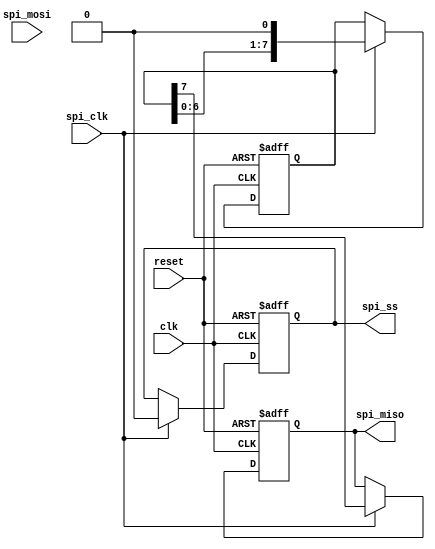
module SPI_Controller (
    input wire clk,
    input wire reset,
    input wire spi_clk,
    input wire spi_mosi,
    output reg spi_miso,
    output reg spi_ss
);

reg [7:0] data_out;
reg [7:0] data_in;
reg clock;

always @ (posedge clk or posedge reset) begin
    if (reset) begin
        clock <= 1'b0;
        data_out <= 8'b0;
        data_in <= 8'b0;
        spi_miso <= 1'b0;
        spi_ss <= 1'b1;
    end
    else begin
        if (spi_clk) begin
            clock <= ~clock;
            spi_miso <= data_out[7];
            spi_ss <= 1'b0;
            data_out <= {data_out[6:0], 1'b0};
            data_in <= {spi_mosi, data_in[7:1]};
        end
    end
end

endmodule